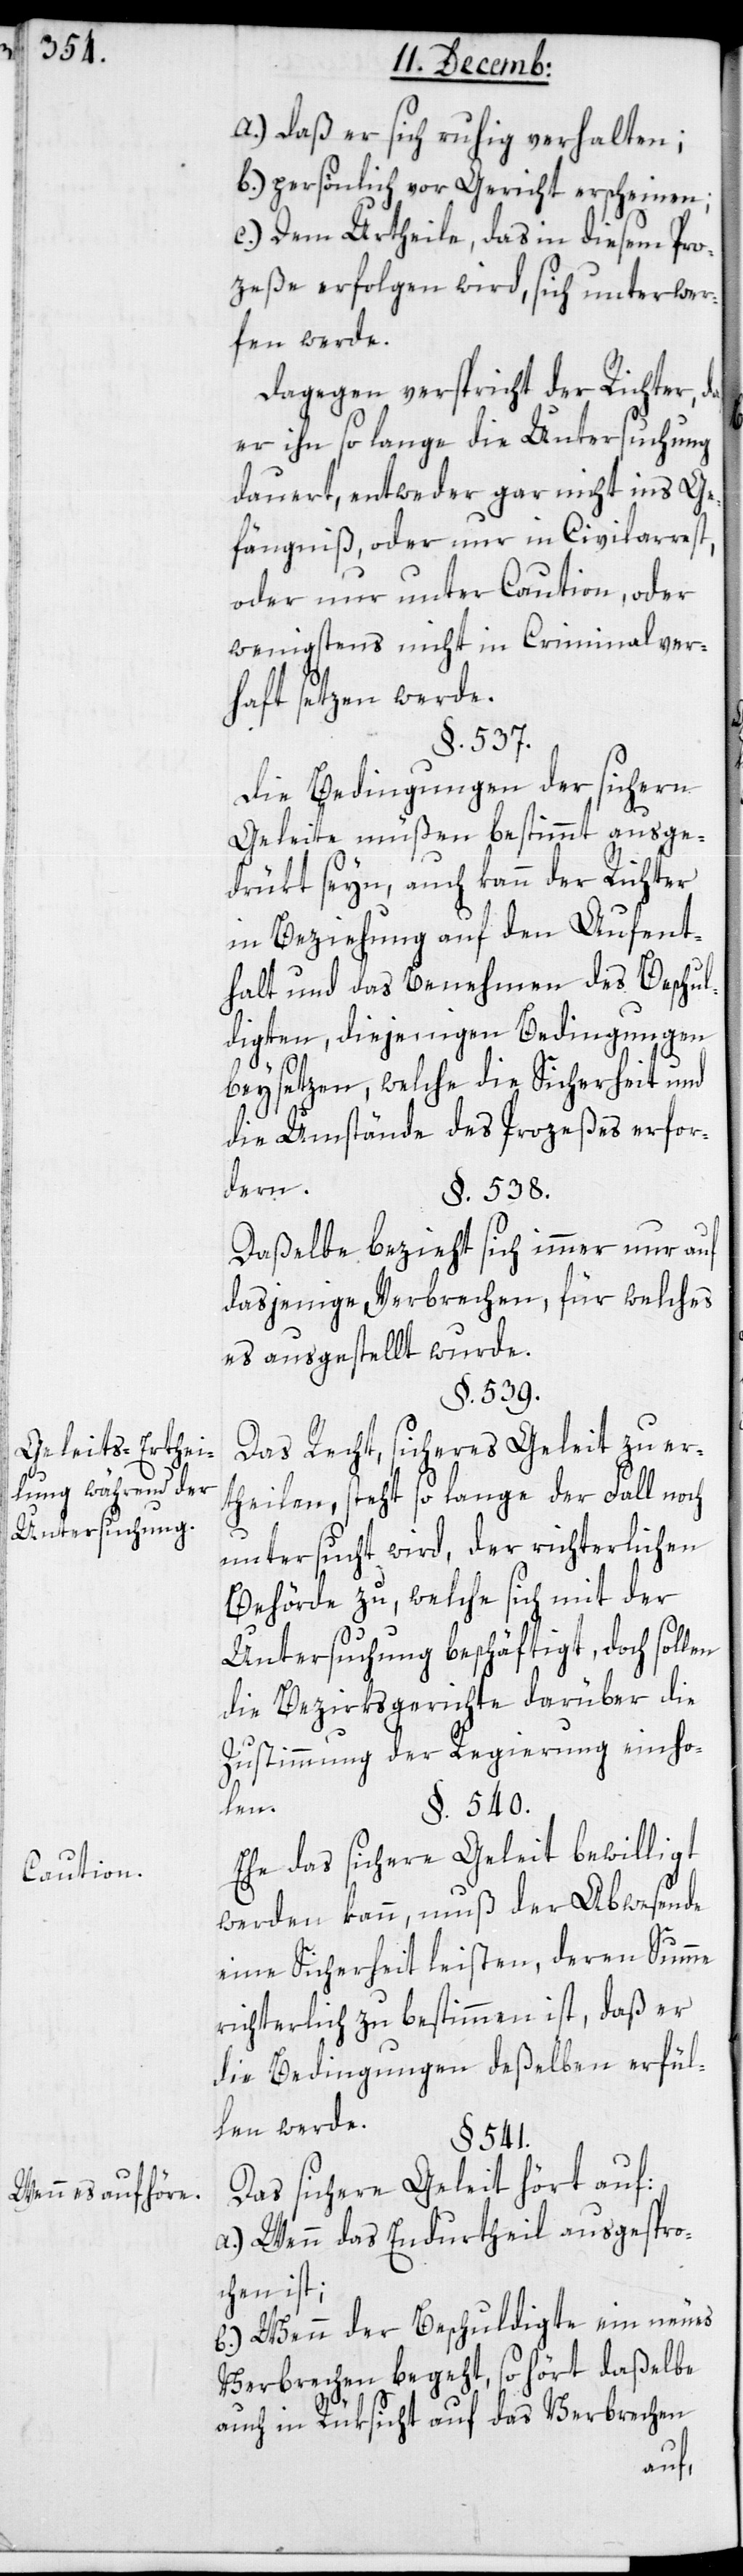
aß

Geleits-Erthei¬
lung während der
Untersuchung.
Caution.
Wenn es aufhöre.

a) daß er sich ruhig verhalten;
b) persönlich vor Gericht erscheinen;
c) dem Urtheile, das in diesem Pro¬
zeße erfolgen wird, sich unterwer¬
fen werde.
Dagegen verspricht der Richter, d¬
er ihn so lange die Untersuchung
dauert, entweder gar nicht ins Ge¬
fängniß, oder nur in Civilarrest,
oder nur unter Caution, oder
wenigstens nicht in Criminalver¬
haft setzen werde.
§. 537.
Die Bedingungen der sichern
Geleite müßen bestimmt ausge¬
drükt seyn, auch kann der Richter
in Beziehung auf den Aufent¬
halt und das Benehmen des Beschul¬
digten, diejenigen Bedingungen
beysetzen, welche die Sicherheit und
die Umstände des Prozeßes erfor¬
dern.
§. 538.
Daßelbe bezieht sich immer nur auf
dasjenige Verbrechen, für welches
es ausgestellt wurde.
§. 539.
Das Recht, sicheres Geleit zu er¬
theilen, steht, so lange der Fall noch
untersucht wird, der richterlichen
Behörde zu, welche sich mit der
Untersuchung beschäftigt, doch sollen
die Bezirksgerichte darüber die
Zustimmung der Regierung einho¬
len.
§. 540.
Ehe das sichere Geleit bewilligt
werden kann, muß der Abwesende
eine Sicherheit leisten, deren Summe
richterlich zu bestimmen ist, daß er
die Bedingungen deßelben erfül¬
len werde.
§. 541.
Das sichere Geleit hört auf:
a.) Wenn das Endurtheil ausgespro¬
chen ist;
b.) Wenn der Beschuldigte ein neues
Verbrechen begeht, so hört daßelbe
auch in Rüksicht auf das Verbrechen